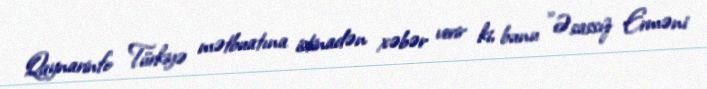
Qaynarinfo Türkiyə mətbuatına istinadən xəbər verir ki, bunu "Əsassız Erməni